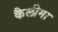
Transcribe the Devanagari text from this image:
कैलीमा